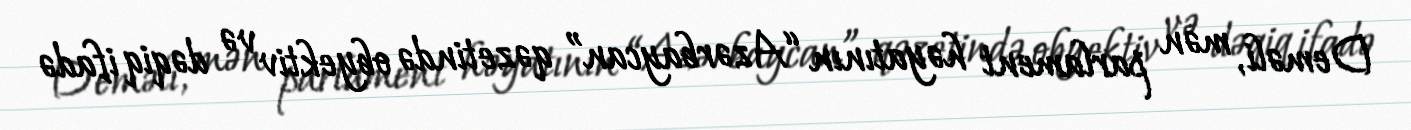
Deməli, mən parlament həyatının “Azərbaycan” qəzetində obyektiv və dəqiq ifadə